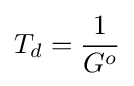
T_{d}={\frac {1}{G^{o}}}